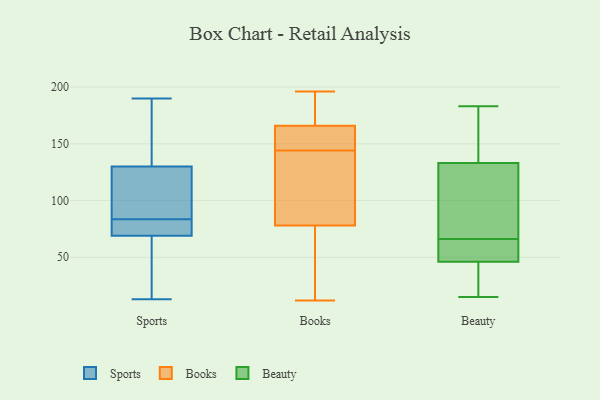
{"axis": {"x": "Demand Index", "y": "Value"}, "legend": ["Beauty", "Books", "Sports"], "data": [{"x": "", "y": 82, "type": "Sports"}, {"x": "", "y": 13, "type": "Sports"}, {"x": "", "y": 60, "type": "Sports"}, {"x": "", "y": 190, "type": "Sports"}, {"x": "", "y": 130, "type": "Sports"}, {"x": "", "y": 169, "type": "Sports"}, {"x": "", "y": 69, "type": "Sports"}, {"x": "", "y": 83, "type": "Sports"}, {"x": "", "y": 47, "type": "Sports"}, {"x": "", "y": 125, "type": "Sports"}, {"x": "", "y": 84, "type": "Sports"}, {"x": "", "y": 109, "type": "Sports"}, {"x": "", "y": 167, "type": "Sports"}, {"x": "", "y": 69, "type": "Sports"}, {"x": "", "y": 196, "type": "Books"}, {"x": "", "y": 125, "type": "Books"}, {"x": "", "y": 124, "type": "Books"}, {"x": "", "y": 153, "type": "Books"}, {"x": "", "y": 132, "type": "Books"}, {"x": "", "y": 188, "type": "Books"}, {"x": "", "y": 12, "type": "Books"}, {"x": "", "y": 178, "type": "Books"}, {"x": "", "y": 142, "type": "Books"}, {"x": "", "y": 165, "type": "Books"}, {"x": "", "y": 34, "type": "Books"}, {"x": "", "y": 146, "type": "Books"}, {"x": "", "y": 78, "type": "Books"}, {"x": "", "y": 32, "type": "Books"}, {"x": "", "y": 166, "type": "Books"}, {"x": "", "y": 149, "type": "Books"}, {"x": "", "y": 187, "type": "Books"}, {"x": "", "y": 75, "type": "Books"}, {"x": "", "y": 134, "type": "Beauty"}, {"x": "", "y": 92, "type": "Beauty"}, {"x": "", "y": 60, "type": "Beauty"}, {"x": "", "y": 50, "type": "Beauty"}, {"x": "", "y": 140, "type": "Beauty"}, {"x": "", "y": 177, "type": "Beauty"}, {"x": "", "y": 130, "type": "Beauty"}, {"x": "", "y": 23, "type": "Beauty"}, {"x": "", "y": 45, "type": "Beauty"}, {"x": "", "y": 49, "type": "Beauty"}, {"x": "", "y": 183, "type": "Beauty"}, {"x": "", "y": 15, "type": "Beauty"}, {"x": "", "y": 41, "type": "Beauty"}, {"x": "", "y": 66, "type": "Beauty"}, {"x": "", "y": 85, "type": "Beauty"}]}